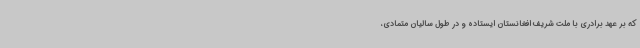
که بر عهد برادری با ملت شریف افغانستان ایستاده و در طول سالیان متمادی،